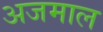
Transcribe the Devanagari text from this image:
अजमाल